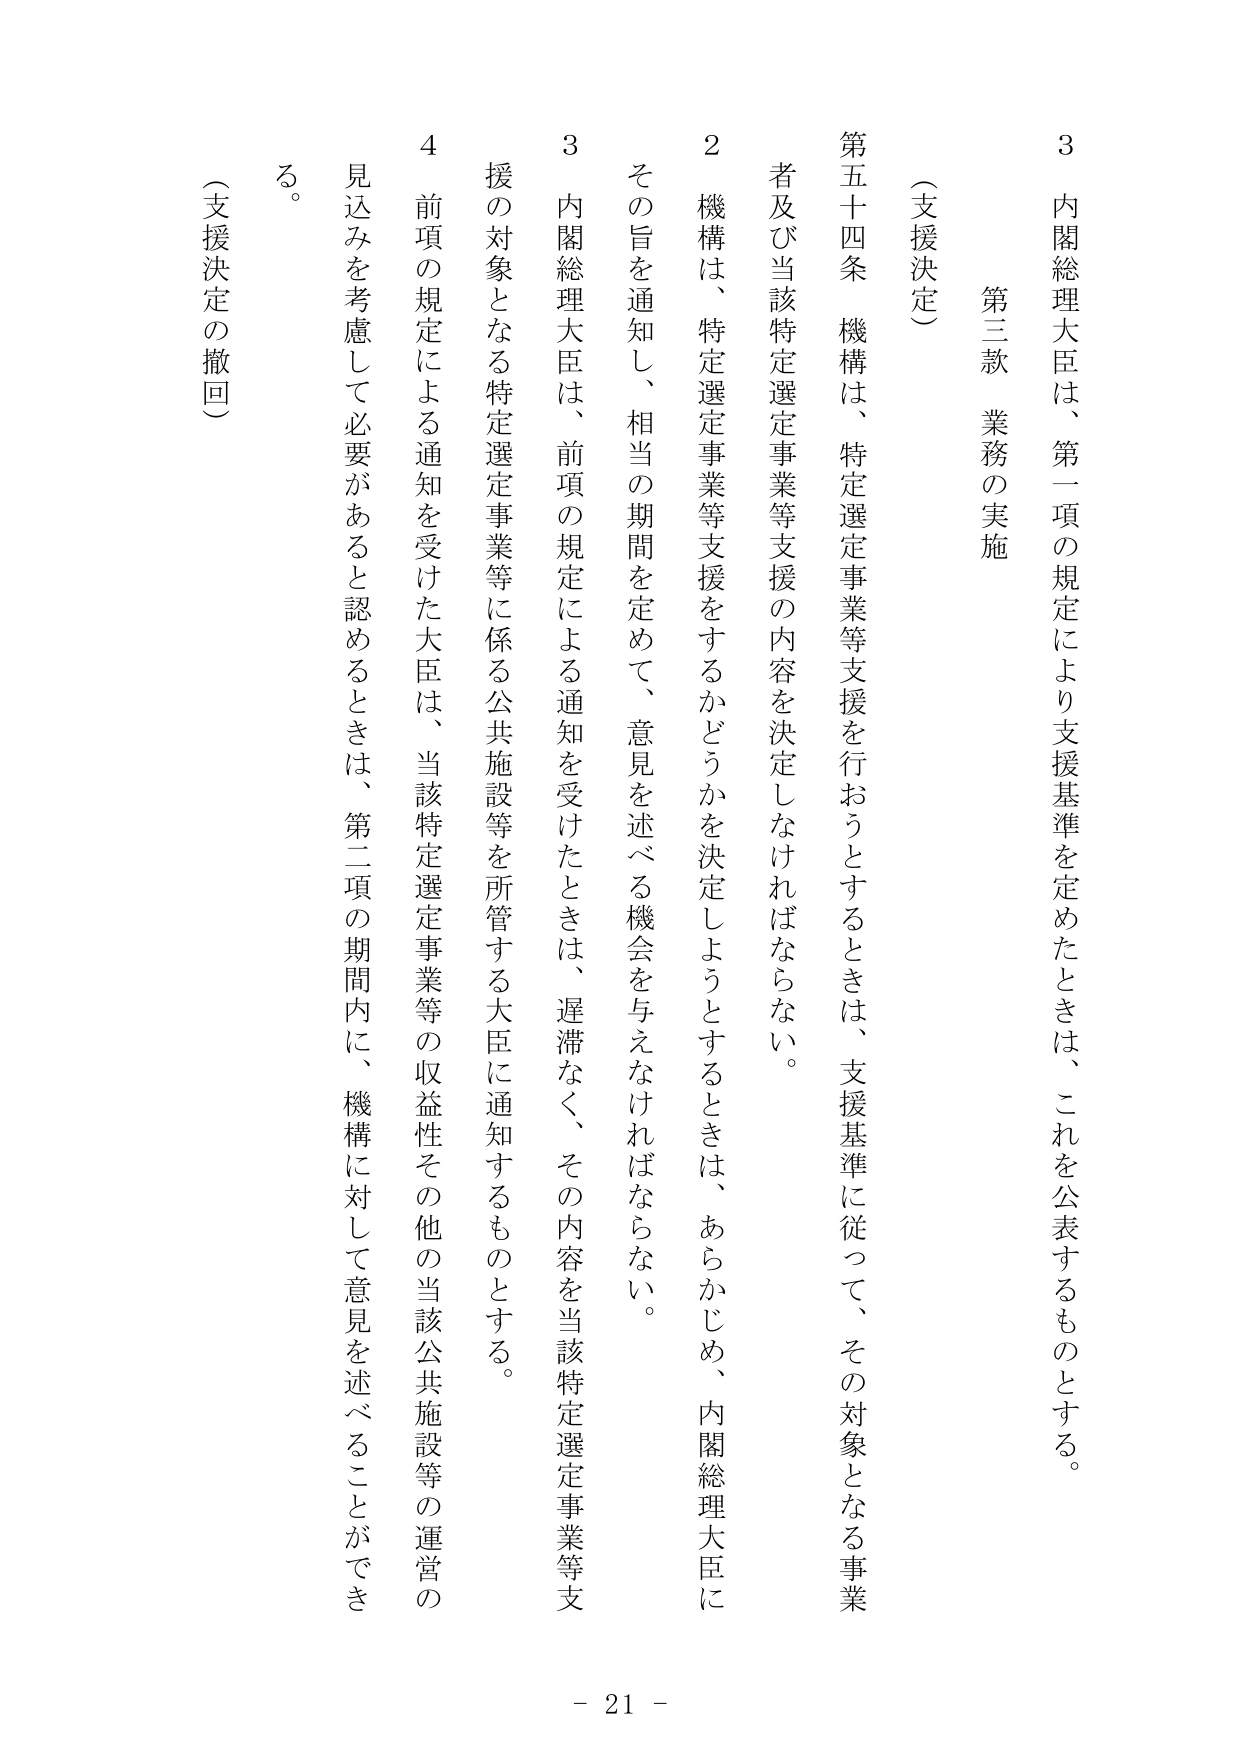
3 内閣総理大臣は、第一項の規定により支援基準を定めたときは、これを公表するものとする。

第三款 業務の実施

（支援決定）

第五十四条 機構は、特定選定事業等支援を行おうとするときは、支援基準に従って、その対象となる事業者及び当該特定選定事業等支援の内容を決定しなければならない。

2 機構は、特定選定事業等支援をするかどうかを決定しようとするときは、あらかじめ、内閣総理大臣にその旨を通知し、相当の期間を定めて、意見を述べる機会を与えなければならない。

3 内閣総理大臣は、前項の規定による通知を受けたときは、遅滞なく、その内容を当該特定選定事業等支援の対象となる特定選定事業等に係る公共施設等を所管する大臣に通知するものとする。

4 前項の規定による通知を受けた大臣は、当該特定選定事業等の収益性その他の当該公共施設等の運営の見込みを考慮して必要があると認めるときは、第二項の期間内に、機構に対して意見を述べることができるものとする。

（支援決定の撤回）

- 21 -